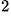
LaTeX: ^{\small 2}